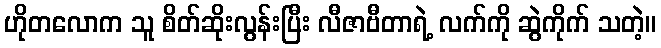
ဟိုတလောက သူ စိတ်ဆိုးလွန်းပြီး လီဇာဗီတာရဲ့ လက်ကို ဆွဲကိုက် သတဲ့။